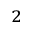
^ { 2 }